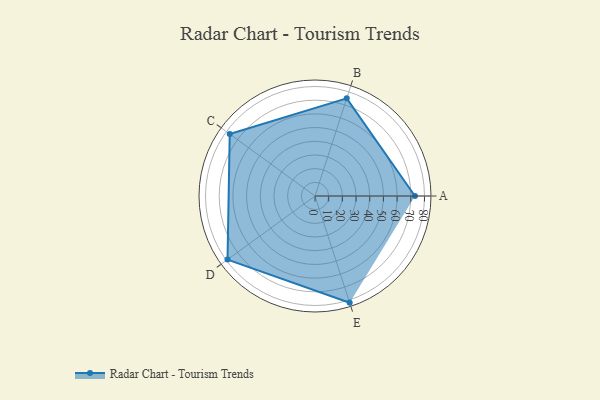
{"axis": {"x": "Skill", "y": "Score"}, "legend": ["Profile"], "data": [{"x": "A", "y": 73.0, "type": "Profile"}, {"x": "B", "y": 75.0, "type": "Profile"}, {"x": "C", "y": 77.0, "type": "Profile"}, {"x": "D", "y": 79.0, "type": "Profile"}, {"x": "E", "y": 82.0, "type": "Profile"}]}